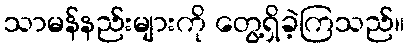
သာမန်နည်းများကို တွေ့ရှိခဲ့ကြသည်။